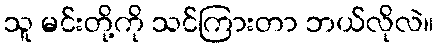
သူ မင်းတို့ကို သင်ကြားတာ ဘယ်လိုလဲ။